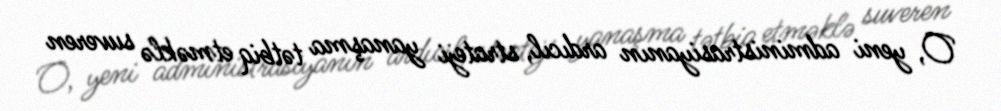
O, yeni administrasiyanın ardıcıl, strateji yanaşma tətbiq etməklə suveren